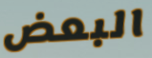
البعض